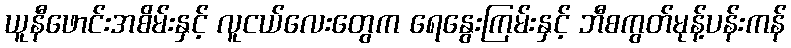
ယူနီဖောင်းအစိမ်းနှင့် လူငယ်လေးတွေက ရေနွေးကြမ်းနှင့် ဘီစကွတ်မုန့်ပန်းကန်